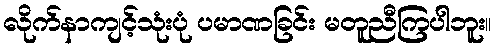
လိုက်နာကျင့်သုံးပုံ ပမာဏခြင်း မတူညီကြပါဘူး။